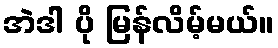
အဲဒါ ပို မြန်လိမ့်မယ်။